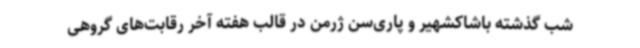
شب گذشته باشاکشهیر و پاری‌سن ژرمن در قالب هفته آخر رقابت‌های گروهی